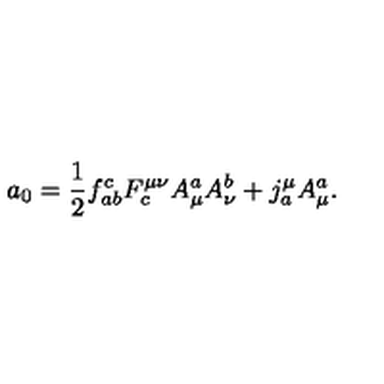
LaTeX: a _ { 0 } = \frac { 1 } { 2 } f _ { a b } ^ { c } F _ { c } ^ { \mu \nu } A _ { \mu } ^ { a } A _ { \nu } ^ { b } + j _ { a } ^ { \mu } A _ { \mu } ^ { a } .